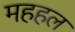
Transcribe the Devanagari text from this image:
महहल